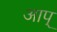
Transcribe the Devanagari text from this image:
आप्